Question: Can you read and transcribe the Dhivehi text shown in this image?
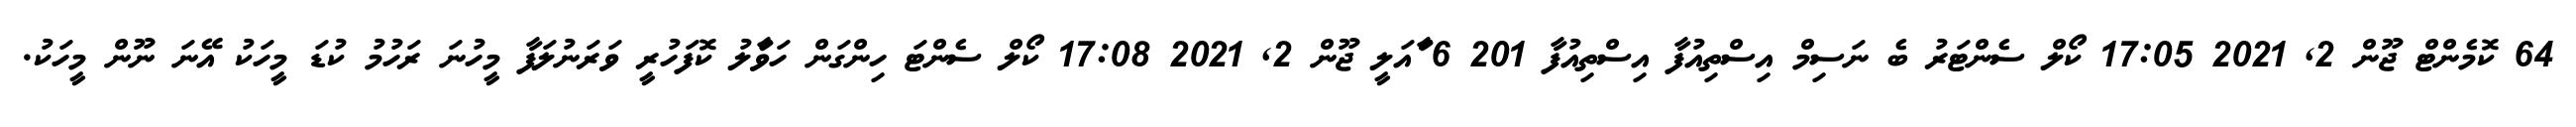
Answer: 64 ކޮމެންޓް ޖޫން 2, 2021 17:05 ކޯލް ސެންޓަރު ބެ ނަސިމް އިސްތިއުފާ އިސްތިއުފާ 201 6 ާަަަަަައަލީ ޖޫން 2, 2021 17:08 ކޯލް ސެންޓަ ހިންގަން ހަވަާލު ކޮފަހުރީ ވަރަނުލަފާ މީހުނަ ރަހުމު ކުޑަ މީހަކު އޭނަ ނޫން މީހަކު.